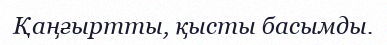
Қаңғыртты, қысты басымды.